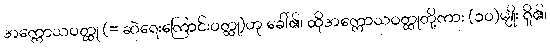
အက္ကောသဝတ္ထု (= ဆဲရေးကြောင်းဝတ္ထု)ဟု ခေါ်၏၊ ထိုအက္ကောသဝတ္ထုတို့ကား (၁၀)မျိုး ရှိ၏၊